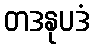
တဒနုပဒံ